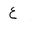
Letter: _ayn